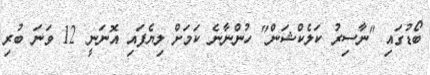
ބޯޑުގައި "ނާސިރު ކަލެކްޝަން" ހުންނާނެ ކަމަށް ލިޔެފައި އޮނަނީ 12 ވަނަ ބުރި